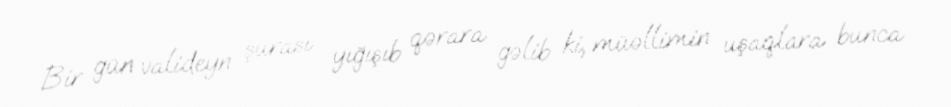
Bir gün valideyn şurası yığışıb qərara gəlib ki, müəllimin uşaqlara bunca